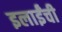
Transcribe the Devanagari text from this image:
इलाईंची